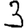
Digit: 3